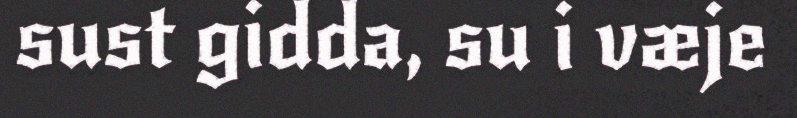
sust gidda, su i væje